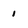
Character: 1